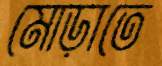
মোড়াতে